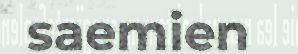
saemien